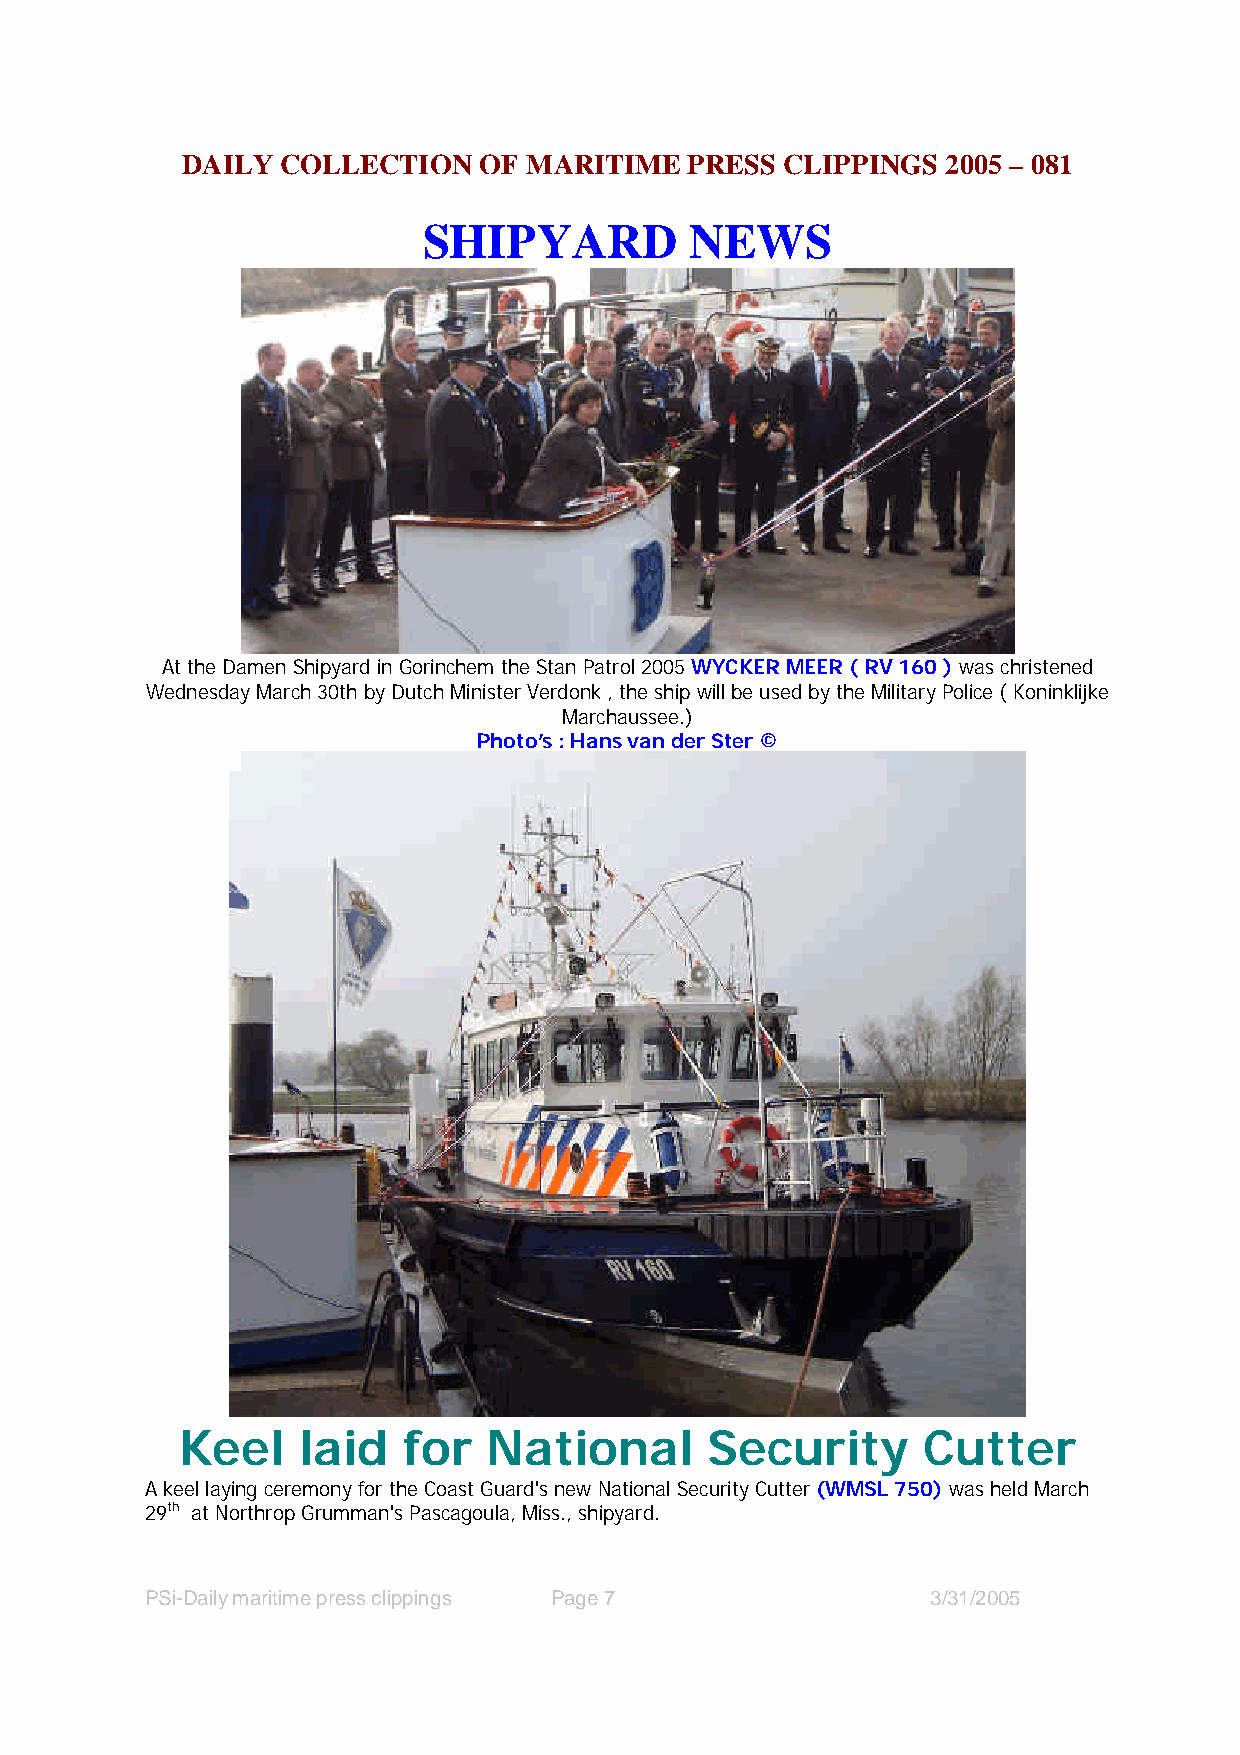
DAILY  COLLECTION   OF MARITIME   PRESS CLIPPINGS  2005 – 081
 SHIPYARD          NEWS
 At the Damen Shipyard in Gorinchem the Stan Patrol 2005 WYCKER MEER ( RV 160 ) was christened
 Wednesday March 30th by Dutch Minister Verdonk , the ship will be used by the Military Police ( Koninklijke
 Marchaussee.)
 Photo’s : Hans van der Ster ©
 Keel    laid   for  National       Security      Cutter
 A keel laying ceremony for the Coast Guard's new National Security Cutter (WMSL 750) was held March
 29th at Northrop Grumman's Pascagoula, Miss., shipyard.
 PSi-Daily maritime press clippings Page 7           3/31/2005